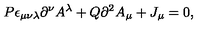
P \epsilon _ { \mu \nu \lambda } \partial ^ { \nu } A ^ { \lambda } + Q \partial ^ { 2 } A _ { \mu } + J _ { \mu } = 0 ,